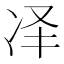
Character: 𪞝